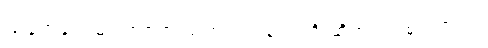
ယခုတခါ ဝမ်းသာစရာ သတင်းတစ်ပုဒ်ကို ဆိုတဲ့ ပဲဖြစ်ပါတယ်။